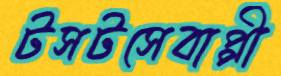
টসটসেবাপ্পী